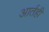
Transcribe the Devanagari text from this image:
आर्तही